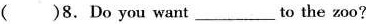
( )8.Do you want ___ to the zoo?